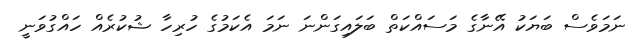
ނަމަވެސް ބަޔަކު އޭނާގެ މަސައްކަތް ބަލައިގަންނަ ނަމަ އެކަމުގެ ހުރިހާ ޝުކުރެއް ހައްގުވަނީ